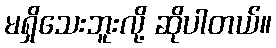
မရှိသေးဘူးလို့ ဆိုပါတယ်။